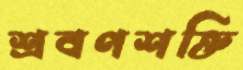
শ্রবণশক্তি